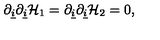
\partial _ { \underline { { i } } } \partial _ { \underline { { i } } } { \cal H } _ { 1 } = \partial _ { \underline { { i } } } \partial _ { \underline { { i } } } { \cal H } _ { 2 } = 0 ,